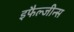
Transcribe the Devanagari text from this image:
इफैल्जीन्स